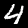
Digit: 4